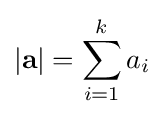
|\mathbf {a} |=\sum _{i=1}^{k}a_{i}